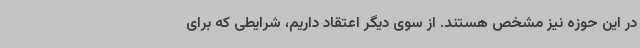
در این حوزه نیز مشخص هستند. از سوی دیگر اعتقاد داریم، شرایطی که برای